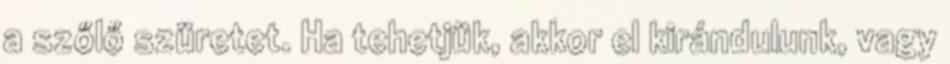
a szőlő szüretet. Ha tehetjük, akkor el kirándulunk, vagy